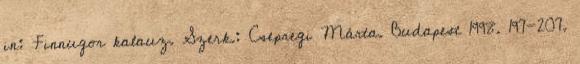
in: Finnugor kalauz. Szerk.: Csepregi Márta. Budapest 1998. 197-207.